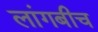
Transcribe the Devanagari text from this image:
लांगबीच